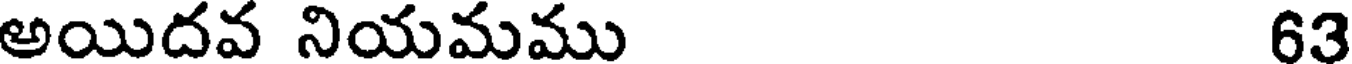
అయిదవ నియమము 63